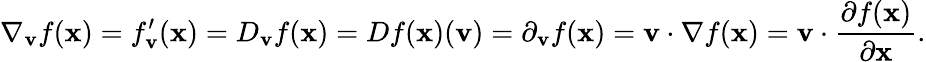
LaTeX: \nabla_{\mathbf{v}}{f}(\mathbf{x})=f_{\mathbf{v}}^{\prime}(\mathbf{x})=D_{\mathbf{v}}f(\mathbf{x})=Df(\mathbf{x})(\mathbf{v})=\partial_{\mathbf{v}}f(\mathbf{x})=\mathbf{v}\cdot{\nabla f(\mathbf{x})}=\mathbf{v}\cdot{\frac{\partial f(\mathbf{x})}{\partial\mathbf{x}}}.